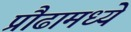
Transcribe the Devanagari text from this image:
प्रौढामध्ये